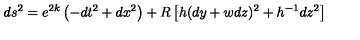
d s ^ { 2 } = e ^ { 2 k } \left( - d t ^ { 2 } + d x ^ { 2 } \right) + R \left[ h ( d y + w d z ) ^ { 2 } + h ^ { - 1 } d z ^ { 2 } \right]